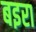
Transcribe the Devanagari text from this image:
बइरा